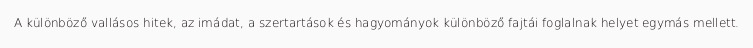
A különböző vallásos hitek, az imádat, a szertartások és hagyományok különböző fajtái foglalnak helyet egymás mellett.